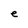
Character: e